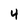
Character: 4